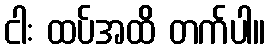
ငါး ထပ်အထိ တက်ပါ။